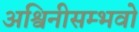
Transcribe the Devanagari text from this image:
अश्विनीसम्भवो